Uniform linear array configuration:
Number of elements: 4
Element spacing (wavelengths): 1
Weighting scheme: binomial
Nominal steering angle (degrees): -30
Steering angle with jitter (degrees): -30.789
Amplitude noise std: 0.05
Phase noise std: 0.05

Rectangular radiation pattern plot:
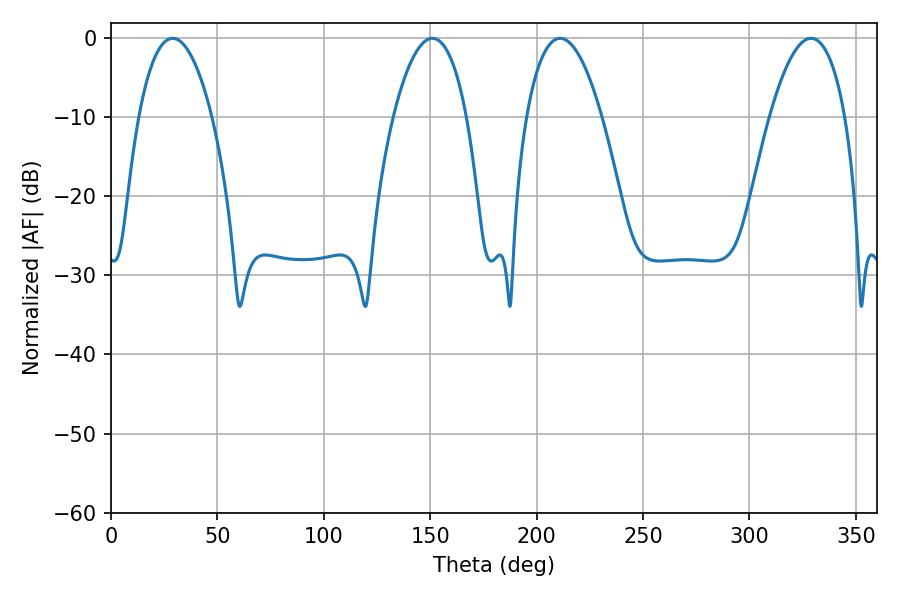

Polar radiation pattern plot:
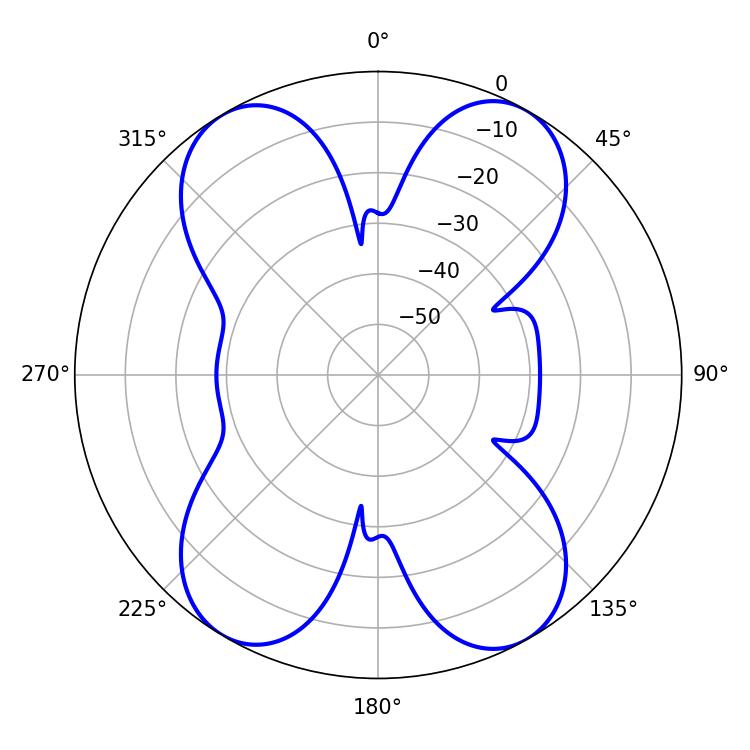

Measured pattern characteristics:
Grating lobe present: TRUE
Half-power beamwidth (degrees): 19.26
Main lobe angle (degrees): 28.98